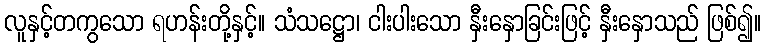
လူနှင့်တကွသော ရဟန်းတို့နှင့်။ သံသဋ္ဌော၊ ငါးပါးသော နှီးနှောခြင်းဖြင့် နှီးနှောသည် ဖြစ်၍။